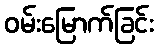
ဝမ်းမြောက်ခြင်း